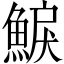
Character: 𩸭